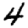
Digit: 4